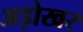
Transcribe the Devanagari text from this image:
अड़ोखर